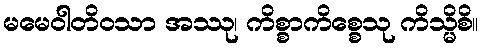
မမေဝါတိဝသာ အဿု၊ ကိစ္စာကိစ္စေသု ကိသ္မိစိ။